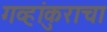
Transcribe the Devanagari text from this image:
गव्हांकुराचा